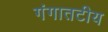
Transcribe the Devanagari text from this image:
गंगातटीय